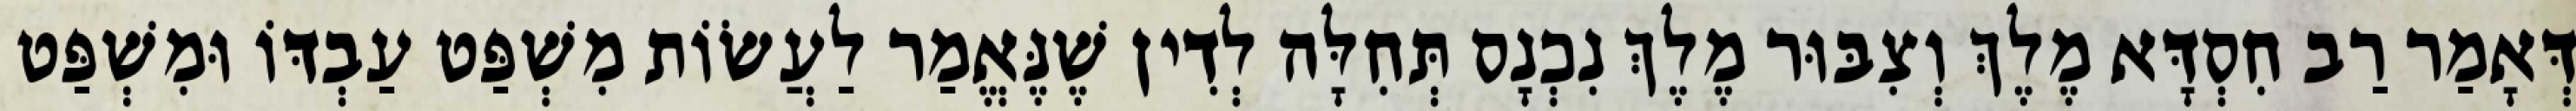
דְּאָמַר רַב חִסְדָּא מֶלֶךְ וְצִבּוּר מֶלֶךְ נִכְנָס תְּחִלָּה לְדִין שֶׁנֶּאֱמַר לַעֲשׂוֹת מִשְׁפַּט עַבְדּוֹ וּמִשְׁפַּט